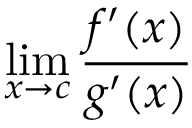
\operatorname* { l i m } _ { x \to c } { \frac { f ^ { \prime } ( x ) } { g ^ { \prime } ( x ) } }